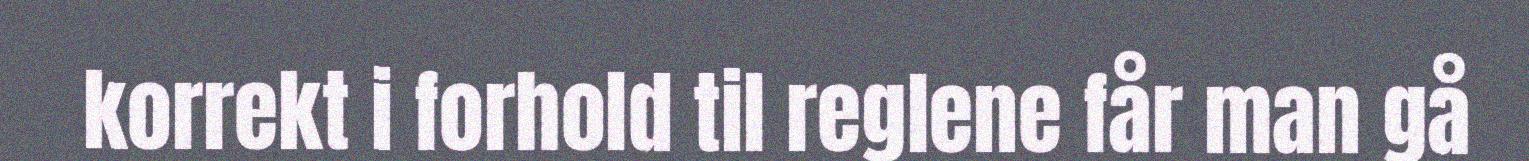
korrekt i forhold til reglene får man gå